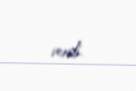
verdi.